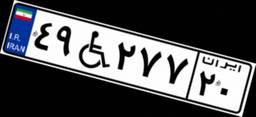
۲۵W۶۴۳۸۹